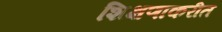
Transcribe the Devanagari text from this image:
शिक्षणाकरीत